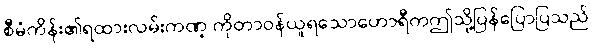
စီမံကိန်း၏ရထားလမ်းကဏ္ ကိုတာဝန်ယူရသောဟောရီကဤသို့ပြန်ပြောပြသည်